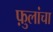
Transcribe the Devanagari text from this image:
फ़ुलांचा